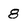
Character: 8